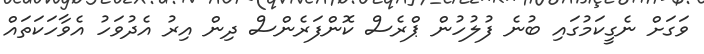
ވަގަށް ނެގީކަމުގައި ބުނެ ފުލުހުން ޕްރެސް ކޮންފަރެންސް ދިން އިރު އެދުވަހު އެވާހަކަތައް